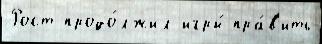
Рост продо́лжил игры́ пра́в'ить